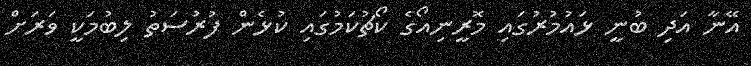
އޭނާ އަދި ބުނީ ޅައުމުރުގައި މޮރީނިއޯގެ ކޯޗުކަމުގައި ކުޅެން ފުރުސަތު ލިބުމަކީ ވަރަށް